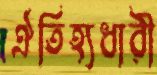
ঐতিহ্যধারী